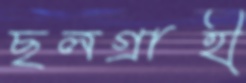
ছলগ্রাহী